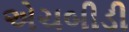
એચબીડી